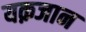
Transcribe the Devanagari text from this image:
यक़जान